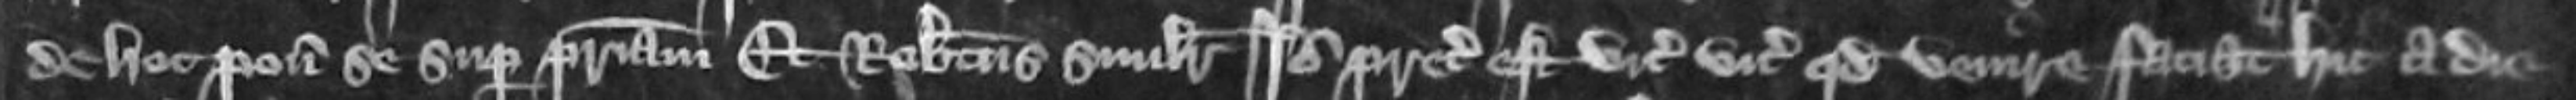
de hoc ponit se super patriam Et Robertus similiter Ideo preceptum est vicecomiti quod venire faciat hic a die